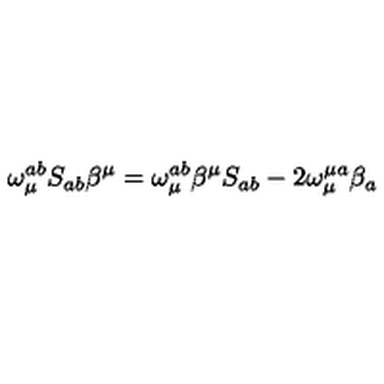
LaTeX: \omega _ { \mu } ^ { a b } S _ { a b } \beta ^ { \mu } = \omega _ { \mu } ^ { a b } \beta ^ { \mu } S _ { a b } - 2 \omega _ { \mu } ^ { \mu a } \beta _ { a }